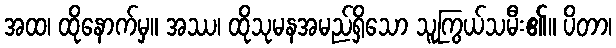
အထ၊ ထိုနောက်မှ။ အဿ၊ ထိုသုမနအမည်ရှိသော သူကြွယ်သမီး၏။ ပိတာ၊